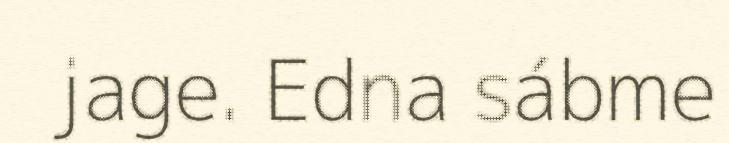
jage. Edna sábme